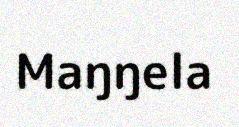
Maŋŋela